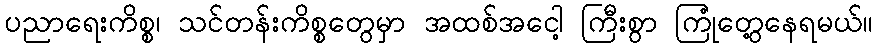
ပညာရေးကိစ္စ၊ သင်တန်းကိစ္စတွေမှာ အထစ်အငေါ့ ကြီးစွာ ကြုံတွေ့နေရမယ်။